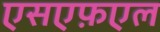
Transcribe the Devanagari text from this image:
एसएफ़एल